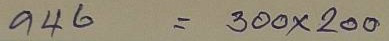
946 = 300x200